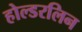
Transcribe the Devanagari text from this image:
होल्डरलिन